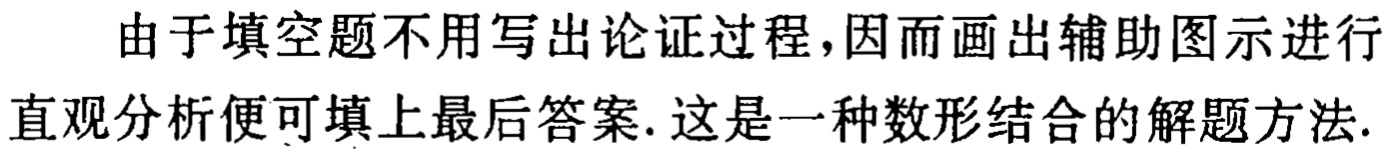
由于填空题不用写出论证过程，因而画出辅助图示进行直观分析便可填上最后答案. 这是一种数形结合的解题方法.